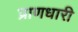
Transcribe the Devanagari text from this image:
प्राणधारी